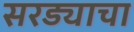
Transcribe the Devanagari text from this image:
सरड्याचा